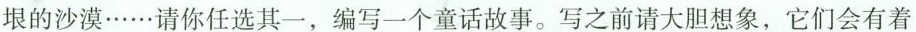
垠的沙漠……请你任选其一，编写一个童话故事。写之前请大胆想象，它们会有着